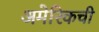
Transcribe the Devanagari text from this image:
अमेरिकची